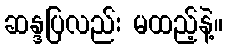
ဆန္ဒပြလည်း မထည့်နဲ့။